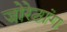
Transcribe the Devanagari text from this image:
जोरेठांग